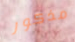
مذكور